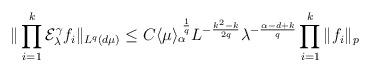
LaTeX: \begin{align*} \| \prod_{i=1}^k \mathcal E_\lambda^\gamma f_i \|_{L^q(d\mu)}\le C \langle \mu\rangle_\alpha^{\,\,\frac1{q}} L^{-\frac{k^2-k}{2q}}\lambda^{-\frac{\alpha-d+k}{q}}\prod_{i=1}^k\| f_i \|_p \end{align*}